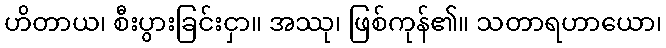
ဟိတာယ၊ စီးပွားခြင်းငှာ။ အဿု၊ ဖြစ်ကုန်၏။ သတာရဟာယော၊